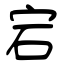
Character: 宕